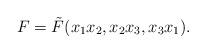
LaTeX: \begin{align*} F = \tilde{F}(x_1x_2, x_2x_3, x_3x_1).\end{align*}